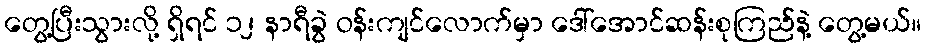
တွေ့ပြီးသွားလို့ ရှိရင် ၁၂ နာရီခွဲ ဝန်းကျင်လောက်မှာ ဒေါ်အောင်ဆန်းစုကြည်နဲ့ တွေ့မယ်။